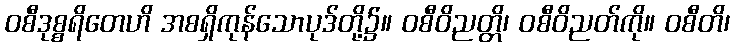
ဝစီဒုစ္စရိတေဟိ အစရှိကုန်သောပုဒ်တို့၌။ ဝစီဝိညတ္တိ၊ ဝစီဝိညတ်ကို။ ဝစီတိ၊